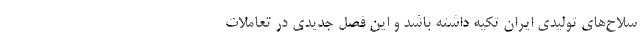
سلاح‌های تولیدی ایران تکیه داشته باشد و این فصل جدیدی در تعاملات